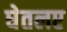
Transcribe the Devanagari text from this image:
घेतलए